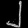
Digit: ၂